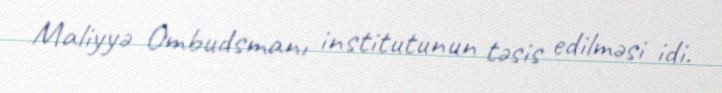
Maliyyə Ombudsmanı institutunun təsis edilməsi idi.